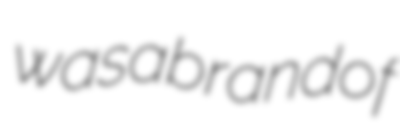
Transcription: was a brand of